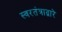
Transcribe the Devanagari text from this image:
स्वरतंत्राद्वारे